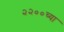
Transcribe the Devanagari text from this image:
२२००च्या